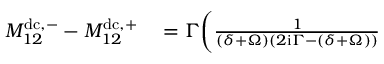
\begin{array} { r l } { M _ { 1 2 } ^ { \mathrm { d c } , - } - M _ { 1 2 } ^ { \mathrm { d c } , + } } & { { } = \Gamma \biggl ( \frac { 1 } { ( \delta + \Omega ) ( 2 \mathrm { i } \Gamma - ( \delta + \Omega ) ) } } \end{array}